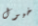
خيول